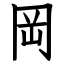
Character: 岡